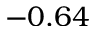
- 0 . 6 4